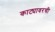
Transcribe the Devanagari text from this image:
काट्यावरची